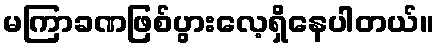
မကြာခဏဖြစ်ပွားလေ့ရှိနေပါတယ်။